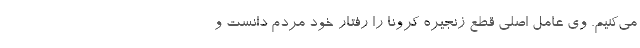
می‌کنیم. وی عامل اصلی قطع زنجیره کرونا را رفتار خود مردم دانست و